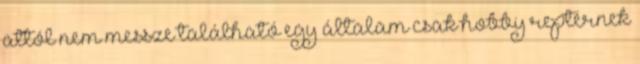
attól nem messze található egy általam csak hobby reptérnek